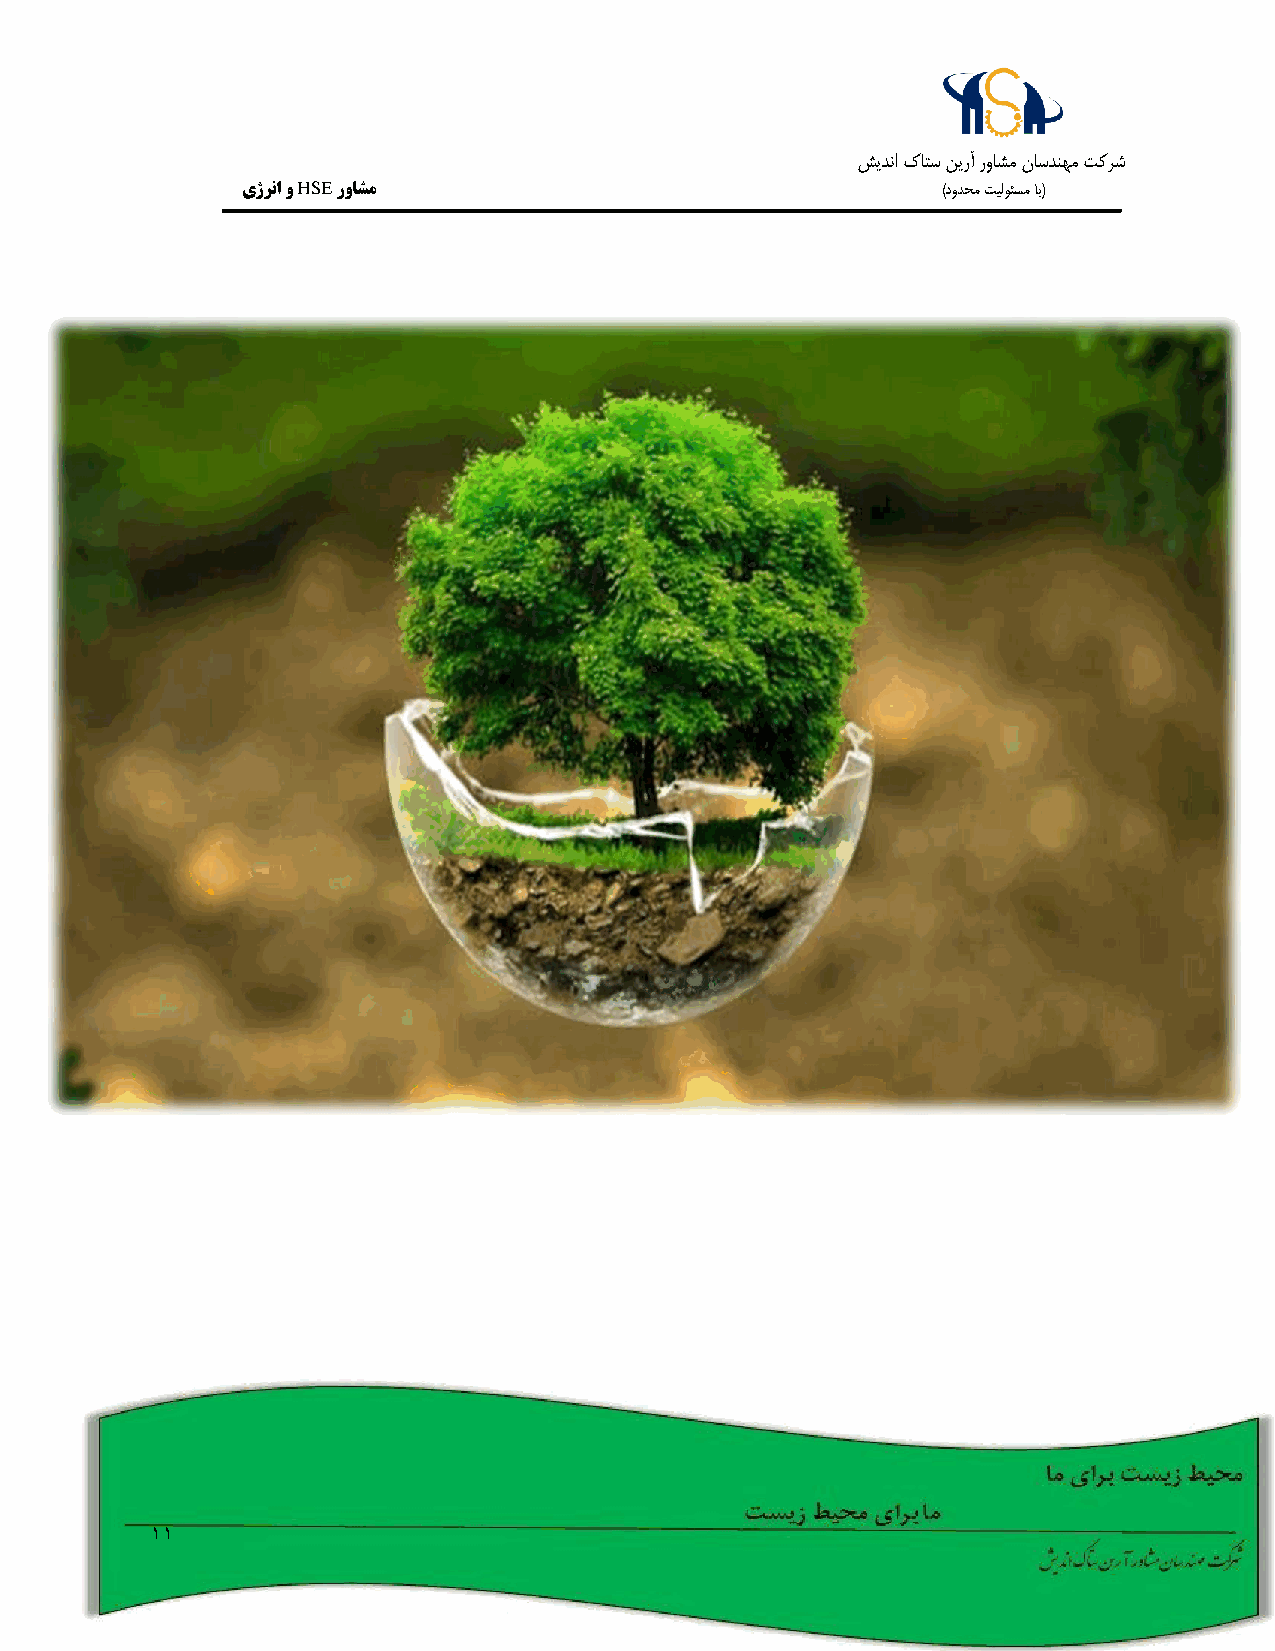
شيدنا كاتس نيرآ رواشم ناسدنهم تکرش
 یژرنا و HSE رواشم                             )دودحم تيلوئسم اب(
 11